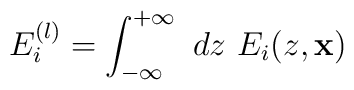
E_i^{(l)} = \int_{-\infty}^{+ \infty}~dz~ E_i(z, {\bf x})